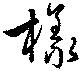
様